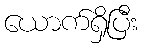
ယောက်ရှိပြီး